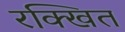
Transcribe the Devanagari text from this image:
रक्खित